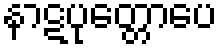
နာဋပုတ္တောပေ